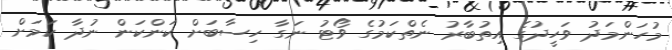
މުހަންމަދު ވަހީދުގެ އިތުބާރު ނެތްކަމުގެ ވޯޓު ނަގާ ހިސާބަށް ކަންކަން ނުދާ ކަމަށް